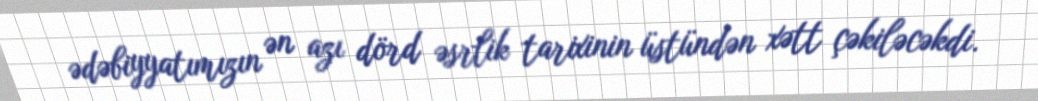
ədəbiyyatımızın ən azı dörd əsrlik tarixinin üstündən xətt çəkiləcəkdi.